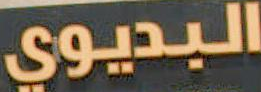
البديوي